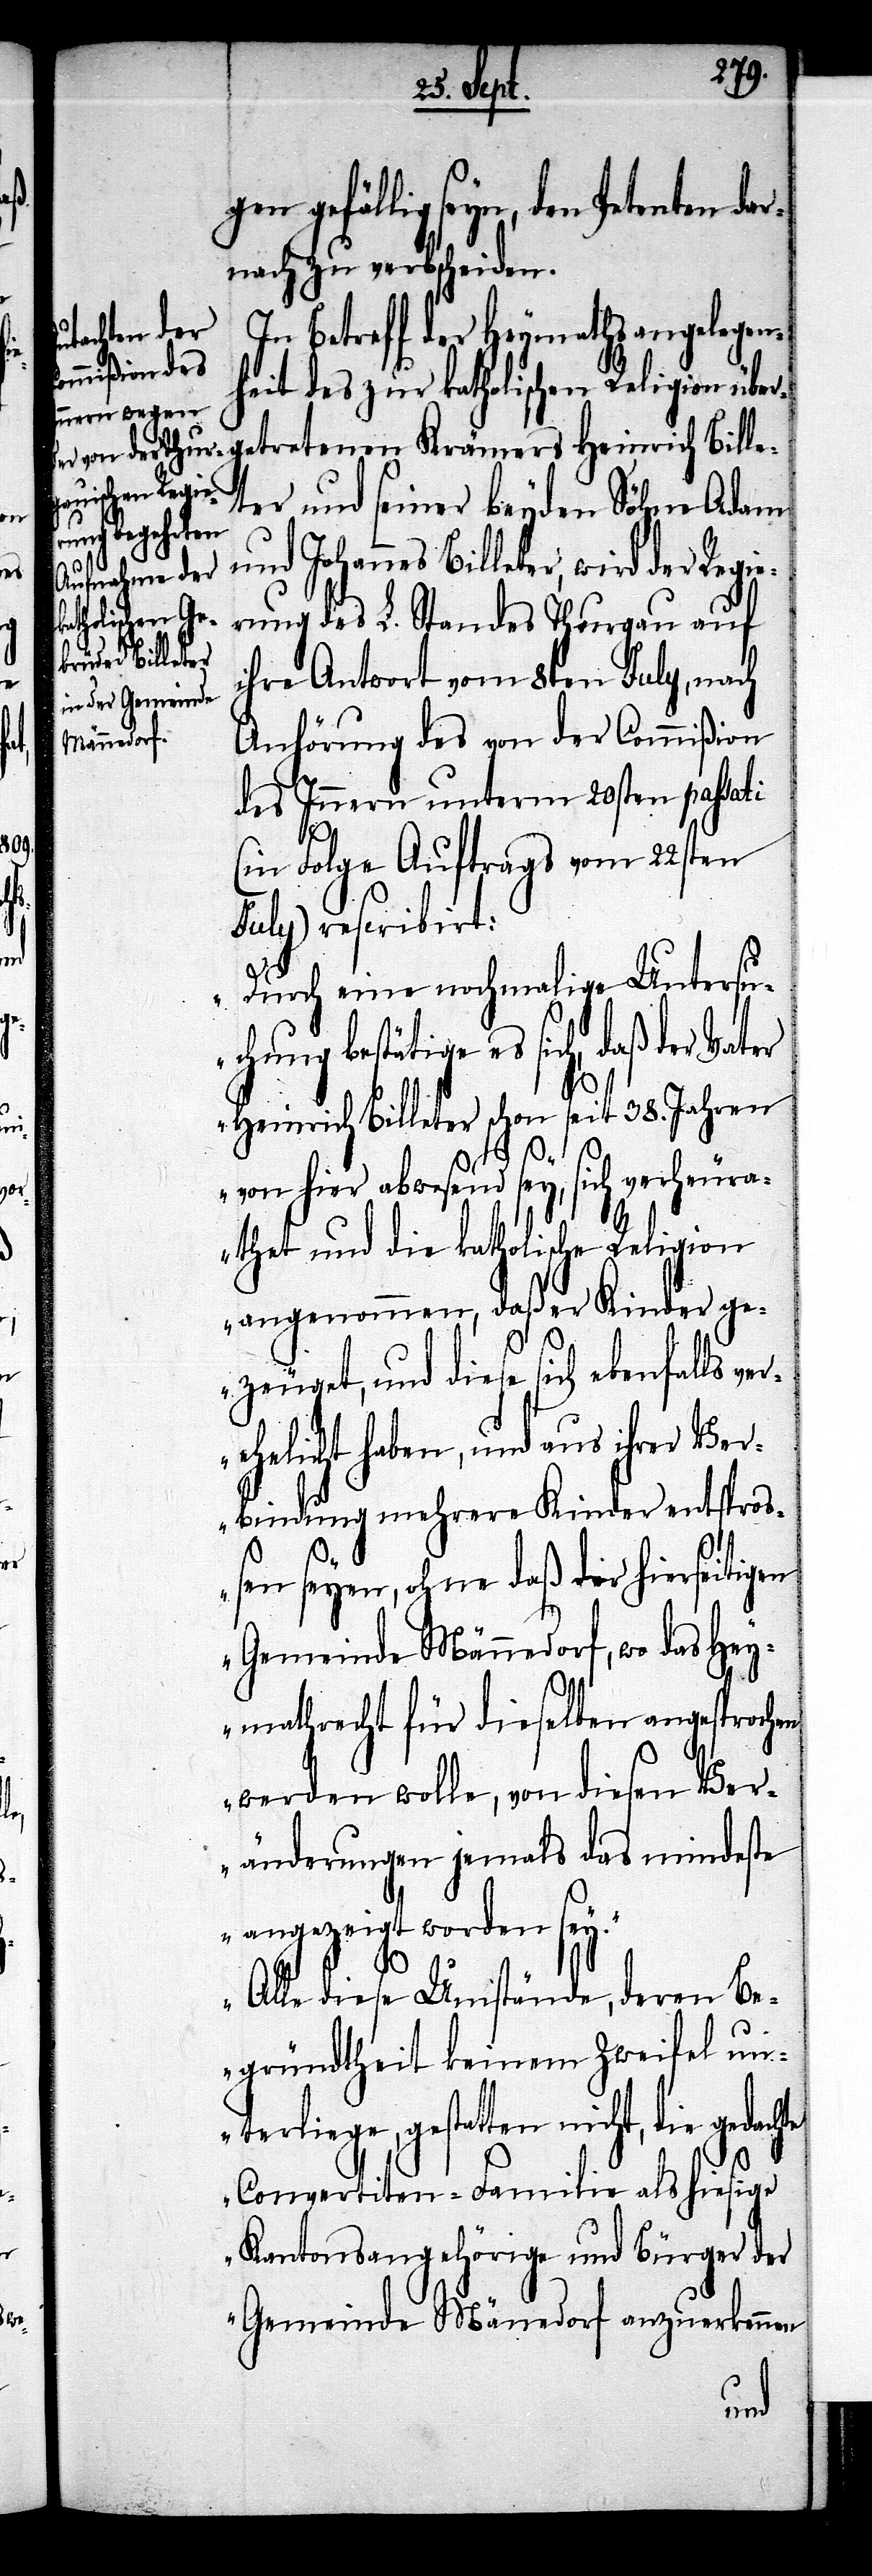
gen gefällig seyn, den Petenten
nach zu verabscheiden.
In Betreff der Heymathsangelegen¬
heit des zur katholischen Religion überg¬
etretenen Krämers Heinrich Bille¬
ter und seiner beyden Söhne Adam
und Johannes Billeter, wird der
rung des L. Standes Thurgau auf
Regie¬
ihre Antwort vom 8ten July, nach
Anhörung des von der Commißion
des Innern unterm 20sten passati
hte
(in Folge Auftrags vom 22sten
July) rescribirt:
„Durch eine nochmalige Untersuc¬
hung bestätige es sich, daß der Vater
Heinrich Billeter schon seit 38. Jahren
von hier abwesend sey, sich verheura¬
thet und die katholische Religion
angenommen, daß er Kinder ge¬
zeuget, und diese sich ebenfalls v¬
erehelicht haben, und aus ihrer Ver¬
bindung mehrere Kinder entsproß¬
en seyen, ohne daß der hierseitigen
Gemeinde Männedorf, wo das Hey¬
mathrecht für dieselben angesprochen
werden wolle, von diesen Ver¬
änderungen jemals das mindeste
angezeigt worden sey.
Alle diese Umstände, deren Be¬
gründtheit keinem Zweifel un¬
terliege, gestatten nicht, die gedac¬
Convertiten-Familie als hiesige
Kantonsangehörige und Bürger der
Gemeinde Männedorf anzuerkennen
dar¬